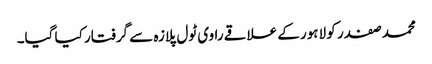
محمد صفدر کو لاہور کے علاقے راوی ٹول پلازہ سے گرفتار کیا گیا۔